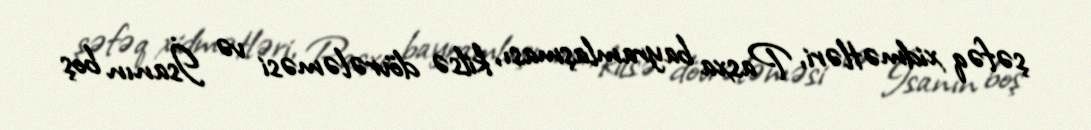
şəfəq xidmətləri, Pasxa bayramlaşması, kilsə dövrələməsi və İsanın boş